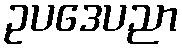
ဥပဒေပညာ